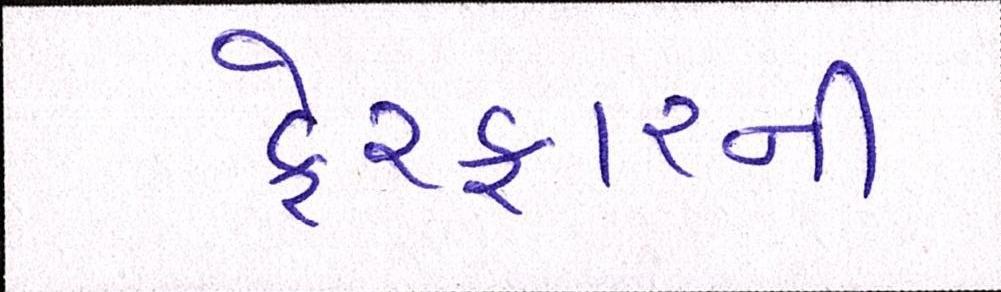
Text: ફેરફારની